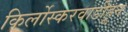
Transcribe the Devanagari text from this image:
किर्लोस्करवाडीहून